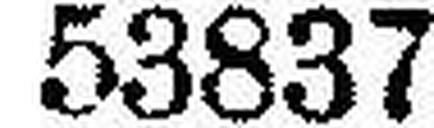
53837